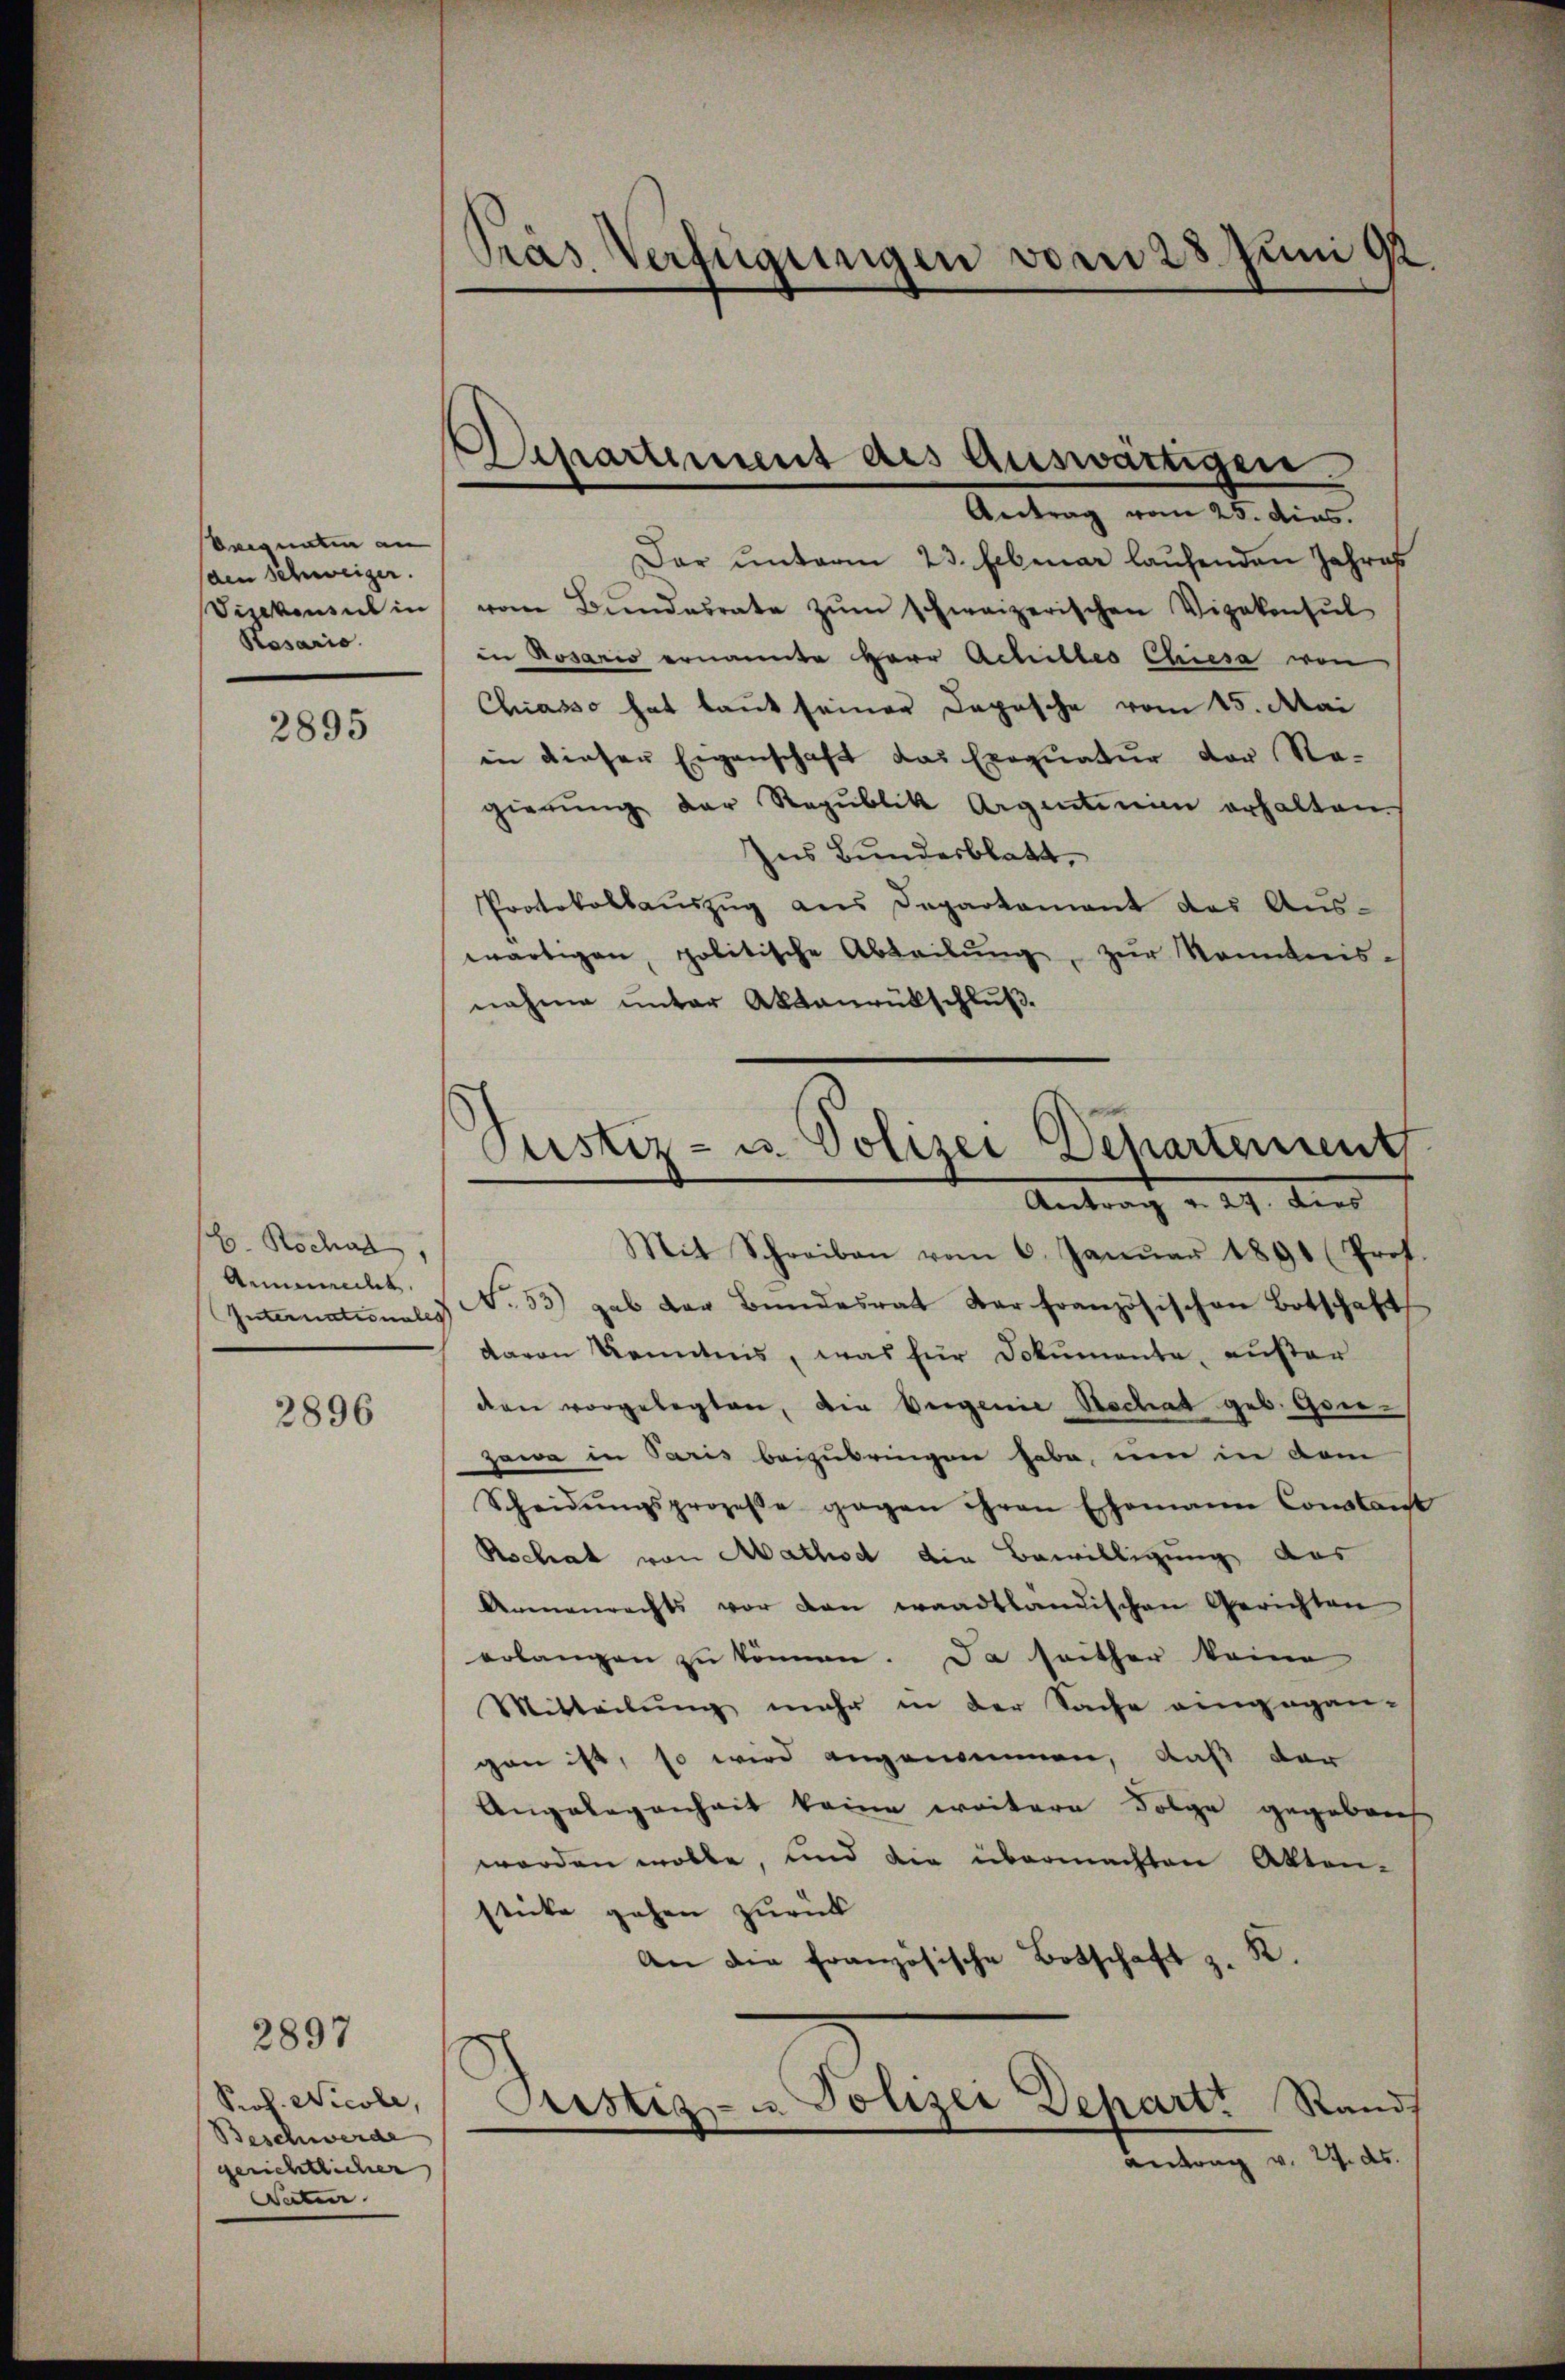
Seequaten an
den Schweiger.
Vizekonsul in
Pasario.

2895

H. Rochas,
Armenrecht.
Internationales

2896

Prof. Nicole,
Beschwerde
gerichtlicher |
Vater

2897

Pras Verfügungen vom 28. Juni 92.

Departement des Auswärtigen.

Justiz- u. Polizei Departement

Cristiz- u. Polizei Depart Rands

Antrag vom 25. dies.
Dar ŭnterm 23. Februar laufenden Jahres
vom Bŭndesrate zŭm schweizerischen Vizekonsŭl
in Rosario ernannte Herr Achilles Chiesa von
Chiasso hat laut seiner Depesche vom 15. Mai
in dieser Eigenschaft das Exequatur der Re-
gierŭng der Republik Argenien erhalten
Ins Bundesblatt,
Protokollaŭszŭg ans Departament des Aŭs-
wärtigen, politische Abteilŭng zŭr Kenntnis-
nahme unter Aktaurübschluß.
Mit Schreiben vom 6. Janŭar 1891 (Prof.
T.53) gab der Bŭndesrat der französischen Botschaft
davon Kenntnis, was für Dokumente, außer
den vorgelegten, die Vergenie Aschat geb. Gene¬
Jawa in Paris beizubringen habe, um in dem
Scheidŭngsprozeβe gegen ihren Ehemanne Constant
Rschat von Mathisch die Bewilligung das
Armenrechts vor den waadtländischen Gerichten
erlangen zu können. Da seither keine
Mitteilung mehr in der Sache angegan-
gen ist, so wird angenommen, daß der
Angelegenheit keine weitere Folge gegeben
worden wolle, und die übermachten Akten-
sticke gehen zurück
An die französische Botschaft z. R.
Antrag v. 24. ds.